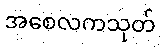
အစေလကသုတ်